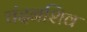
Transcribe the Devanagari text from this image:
चंदनशिव